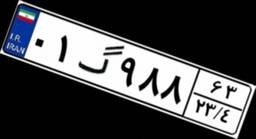
۰۱گ۹۸۸۶۳